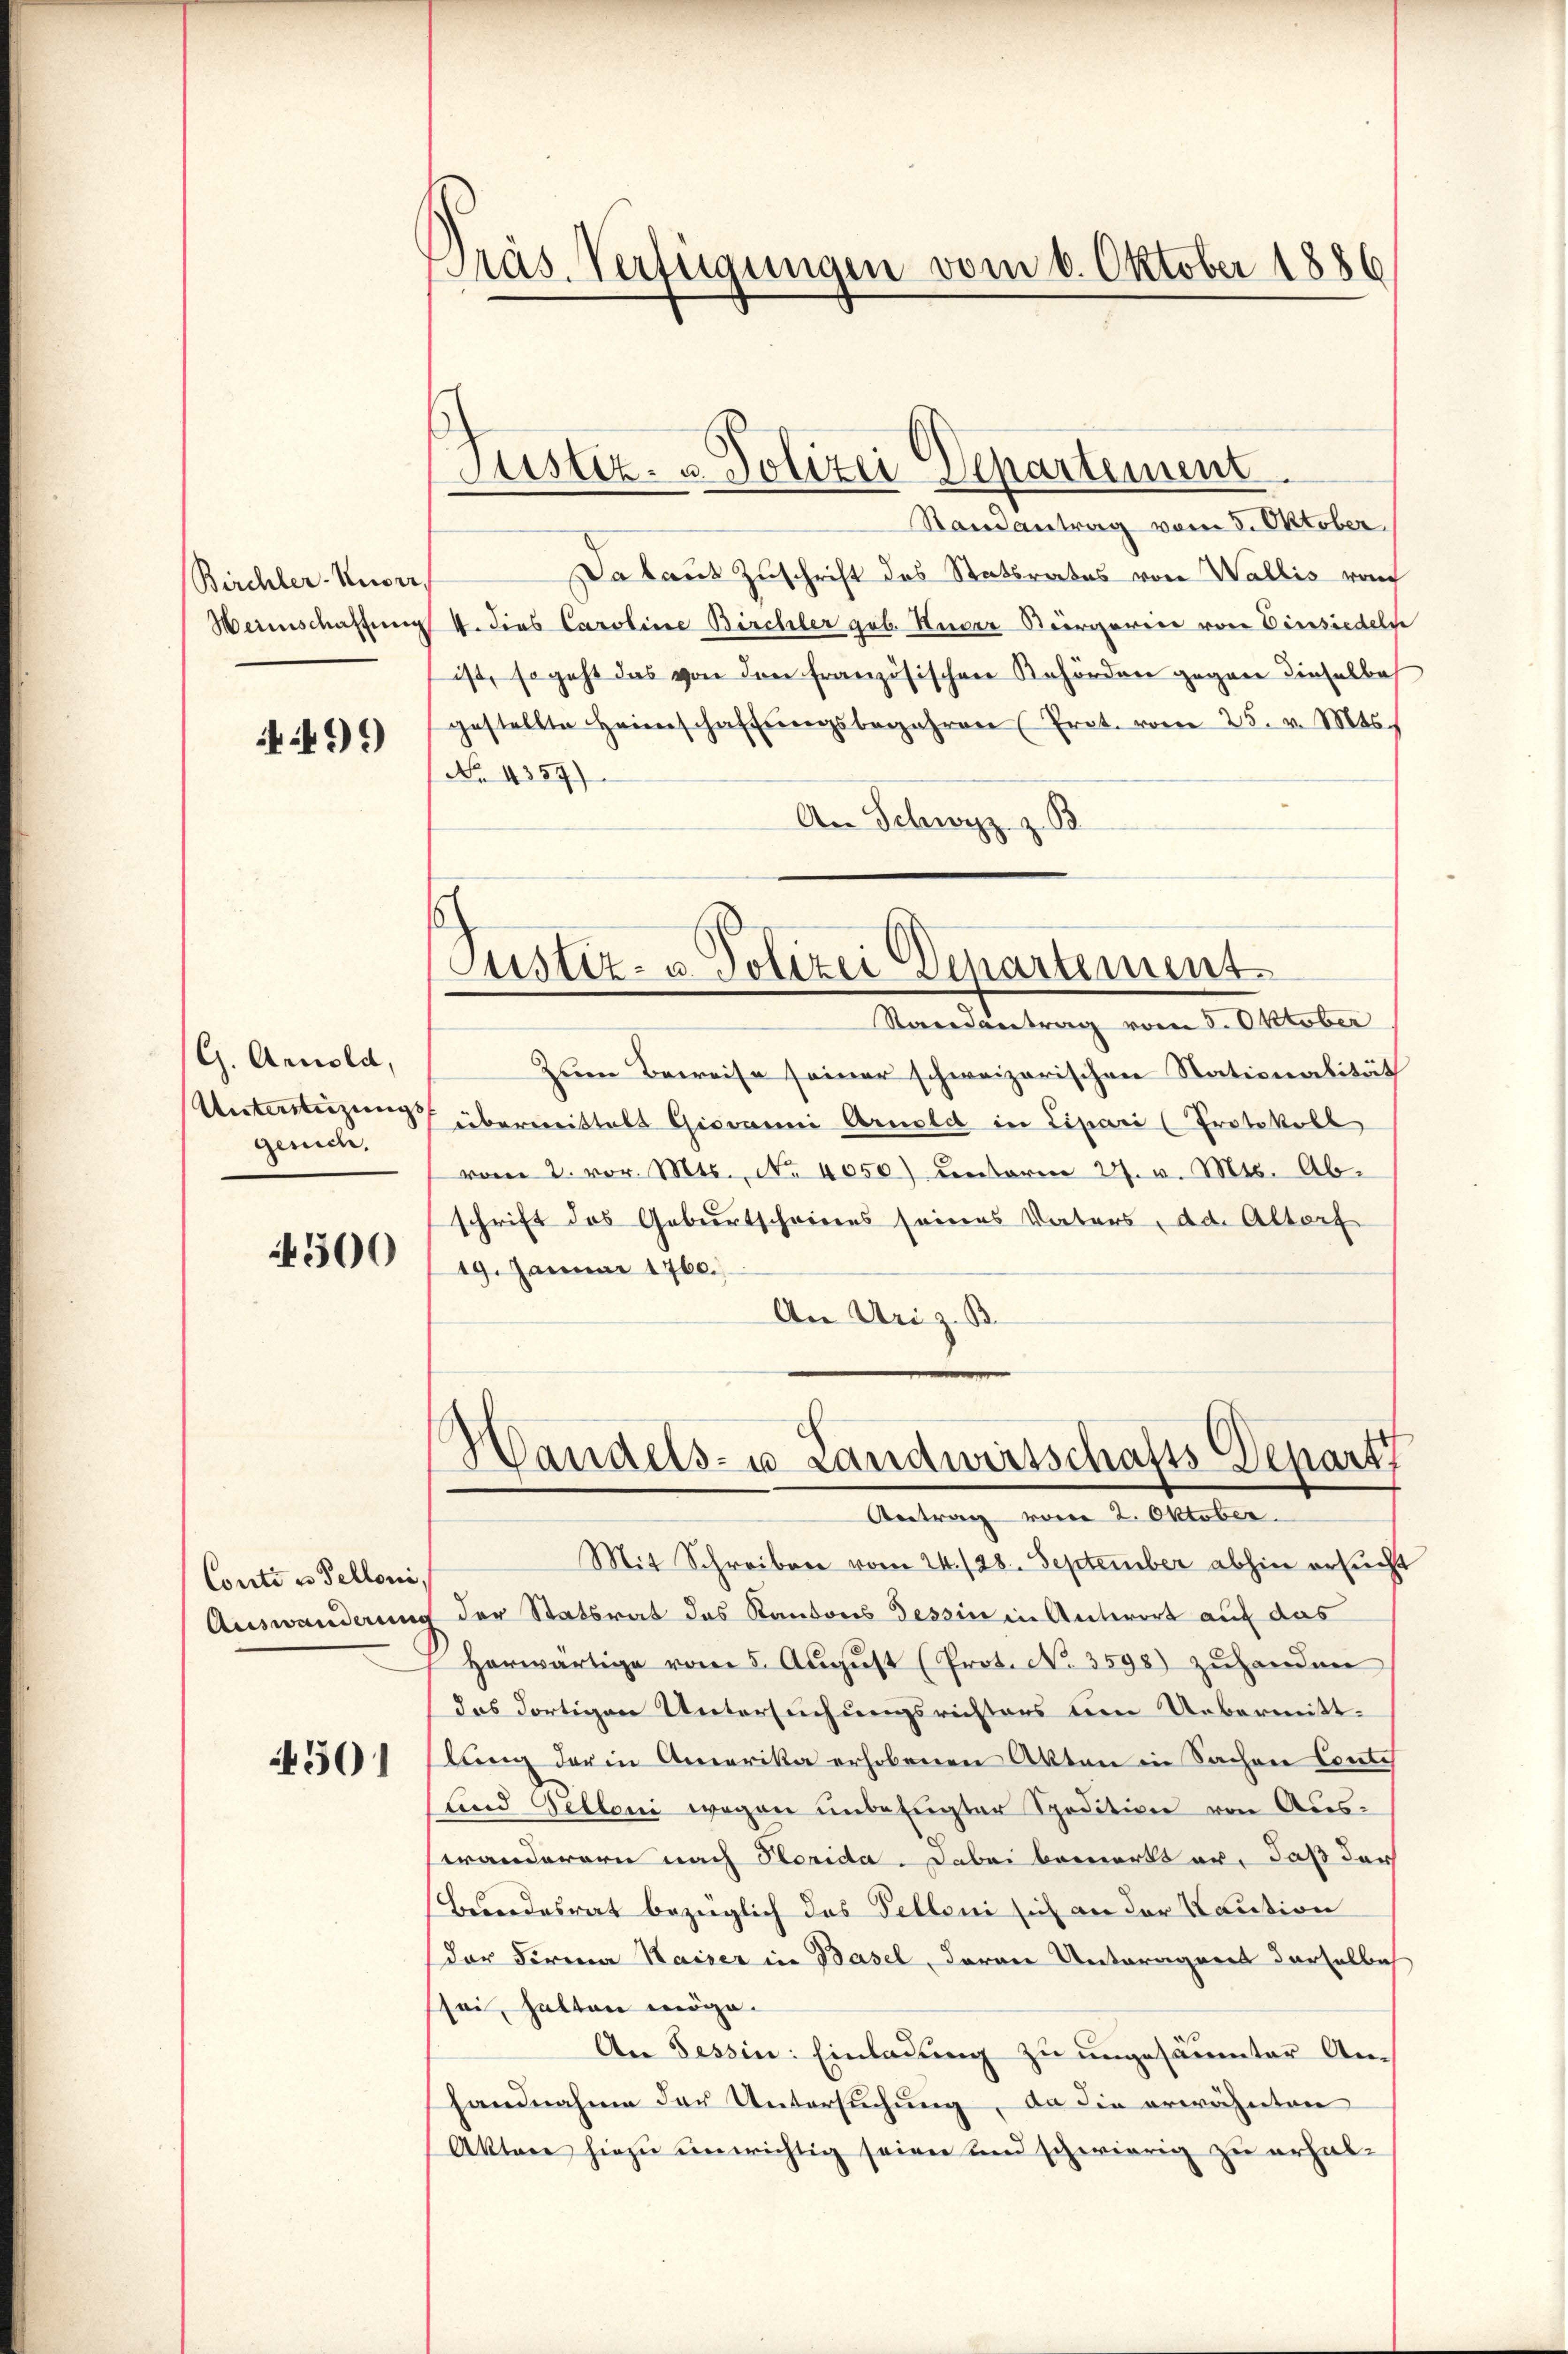
Birchler-Nuori
Weinschaffung

499

G. Arnold,
Unterstüzungs
gesuche.

4300

Conto u. Telloni,

4301

Präs. Verfügungen vom 6. Oktober 1886

Justiz- u. Polizei Departement

Randantrag vom 5. Oktober
Da laut Zuschrift des Statsrates von Wallis vom
4. dies Caroline Birchler geb. Huber Kurgerin von Einsiedeln
ist, so geht das von den französischen Behörden gegen dieselbe
gestellte Heimschaftŭngsbegehren (Prot. vom 25. v. Mts.
No 4357)
B
An Schwyz
s
Justiz- & Polizei Departement
Randantrag vom 5. Oktober.
Zum Beweise seiner schweizerischen Stationalität
überweistalt Giovanni Arnold in Lipari (Protokoll
vom 2. vor. Mts. No. 4050) unterm 27. v. Mts. Abschrift des Geburtscheines seines Vaters, der Altorf
19. Januar 1760.
An Uriz. B.

Handels- u. Landwirtschafts-Depart
Antrag vom 2. Oktober.

Mit Schreiben vom 24. 728. September abhin ersucht
Auswanderung der Statsrat das Kantons Tessin in Antwort auf das
Horwärtige vom 5. Aŭgŭst (Prot. No. 3598) zŭhanden
das dortigen Untersuchungsrichters um Uebermittlung der in Amerika erhobenen Akten in Sachen Conte
lind Selloni wegen ŭnbefŭgter Spedition von Aus-
wänderern nach Herida. Dabei bemerkt er, daß der
Berndesrat bezüglich das Felloni sich an der Kaution
der Firma Kaiser in Basel, davon Unteragert derselbeh
sei, halten möge.
An Tessin: Einladung zu ungesäumter Anhandnahme der Untersuchung, da die erwähnten
Aktare hiezu unwichtig seien und schwierig zu erhal-